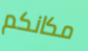
مكانكم